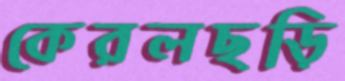
কেরলছড়ি